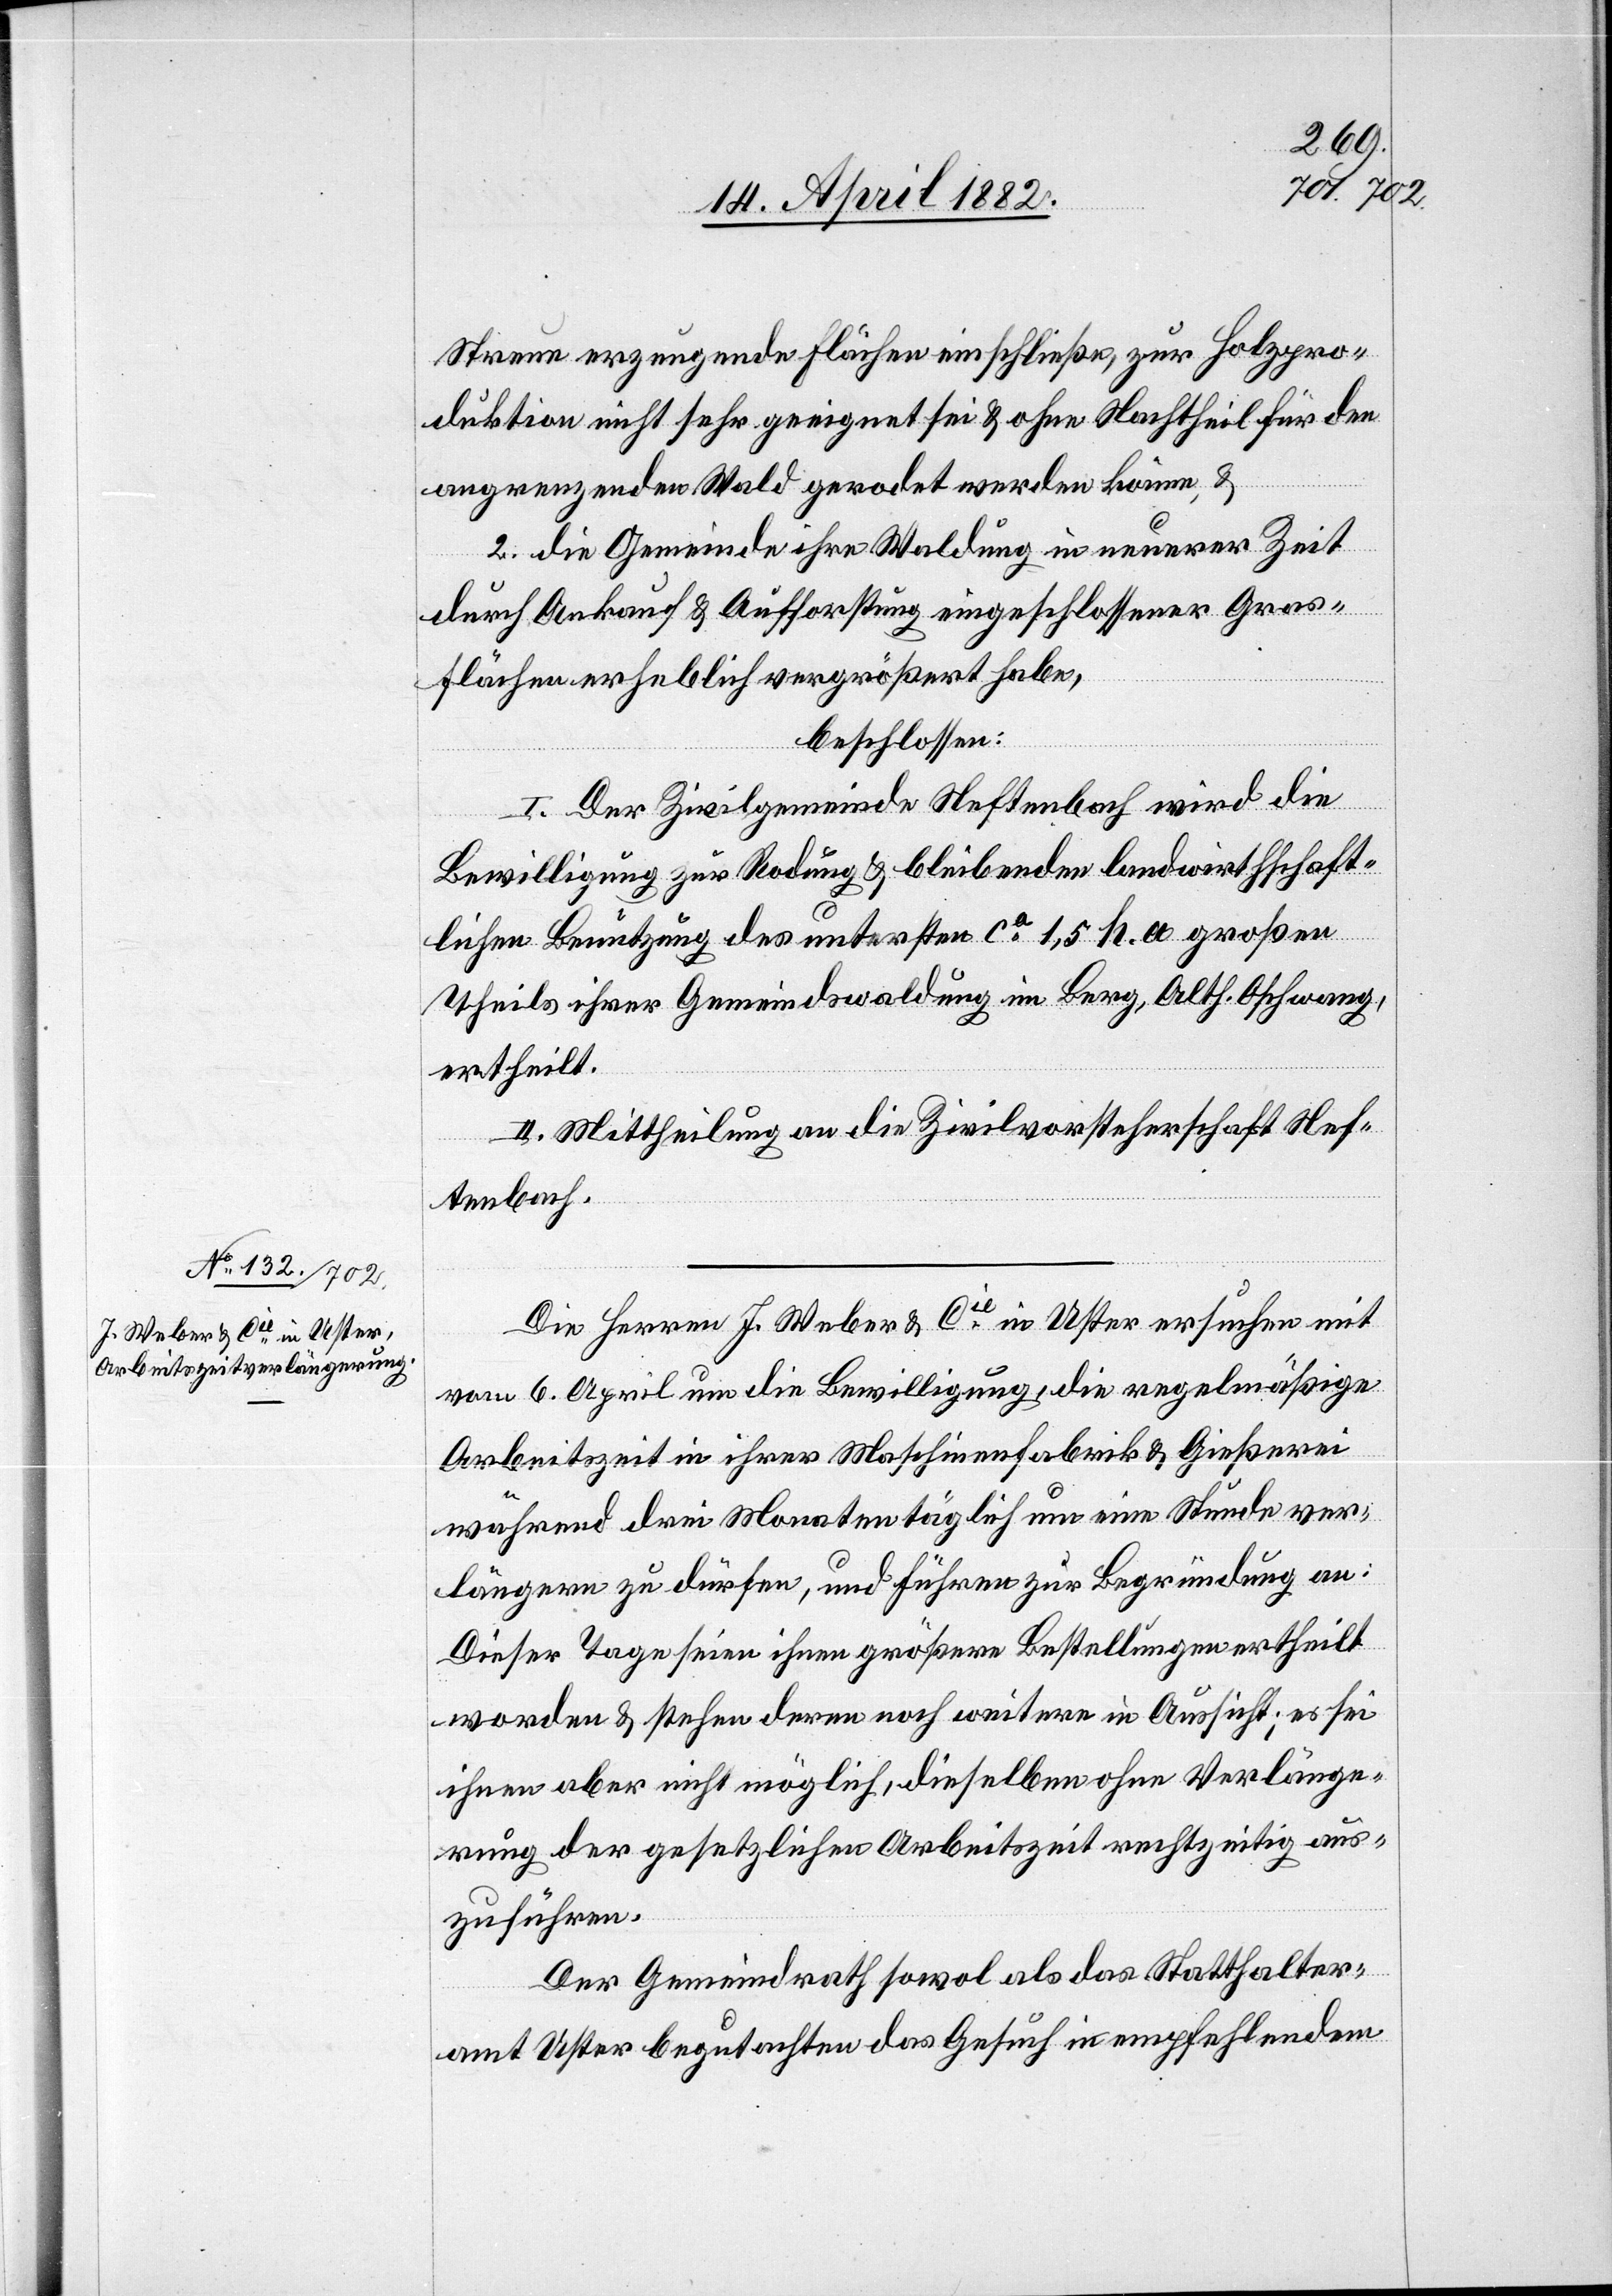
Streue erzeugende Flächen einschließe, zur Holzpro¬
duktion nicht sehr geeignet sei & ohne Nachtheil für den
angrenzenden Wald gerodet werden könne, &
2. die Gemeinde ihre Waldung in neuerer Zeit
durch Ankauf & Aufforstung eingeschlossener Gras¬
flächen erheblich vergrößert habe,
beschlossen:
I. Der Zivilgemeinde Neftenbach wird die
Bewilligung zur Rodung & bleibenden landwirthschaft¬
lichen Benutzung des untersten ca 1,5 h. a großen
Theils ihrer Gemeindswaldung im Berg, Alth. [recte:
ertheilt.
II. Mittheilung an die Zivilvorsteherschaft Nef¬
tenbach.
Die Herren J. Weber & Cie in Uster ersuchen mit
vom 6. April um die Bewilligung, die regelmäßige
Arbeitszeit in ihrer Maschinenfabrik & Gießerei
während drei Monaten täglich um eine Stunde ver¬
längern zu dürfen, und führen zur Begründung an:
Dieser Tage seien ihnen größere Bestellungen ertheilt
worden & stehen deren noch weitere in Aussicht; es sei
ihnen aber nicht möglich, dieselben ohne Verlänge¬
rung der gesetzlichen Arbeitszeit rechtzeitig aus¬
zuführen.
Der Gemeindrath sowol als das Statthalter¬
amt Uster begutachten das Gesuch in empfehlendem